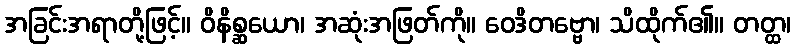
အခြင်းအရာတို့ဖြင့်။ ဝိနိစ္ဆယော၊ အဆုံးအဖြတ်ကို။ ဝေဒိတဗ္ဗော၊ သိထိုက်၏။ တတ္ထ၊